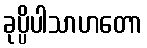
ခုပ္ပိပါသာဟတော